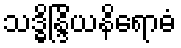
သဒ္ဓိန္ဒြိယနိရောဓံ